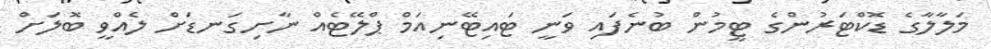
މަލާލާގެ ޑޮކްޓަރުންގެ ޓީމުން ބުނެފައި ވަނީ ޓައިޓޭނިއަމް ޕްލޭޓެއް ނާށިގަނޑަށް ލެއްވީ ބޮލަށް